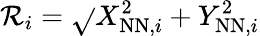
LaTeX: \mathcal{R}_{i}=\sqrt{}{{X_{\mathrm{{NN}},i}^{2}+Y_{\mathrm{{NN}},i}^{2}}}